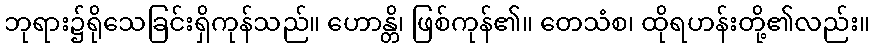
ဘုရား၌ရိုသေခြင်းရှိကုန်သည်။ ဟောန္တိ၊ ဖြစ်ကုန်၏။ တေသံစ၊ ထိုရဟန်းတို့၏လည်း။